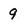
Character: 9